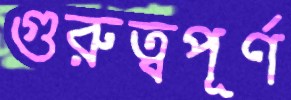
গুরুত্বপূর্ণ